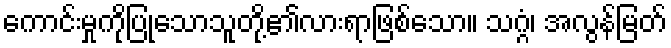
ကောင်းမှုကိုပြုသောသူတို့၏လားရာဖြစ်သော။ သဂ္ဂံ၊ အလွန်မြတ်